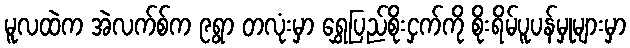
မူလထဲက အဲလက်စ်က ၉ရွာ တလုံးမှာ ရွှေပြည်စိုးငှက်ကို စိုးရိမ်ပူပန်မှုများမှာ